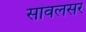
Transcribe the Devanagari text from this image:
सांवलसर